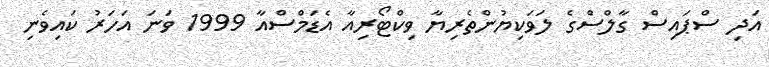
އަދި ސްޕައިސް ގާލްސްގެ ލަވަކިޔުންތެރިޔާ ވިކްޓޯރިއާ އެޑަމްސްއާ 1999 ވަނަ އަހަރު ކައިވެނި